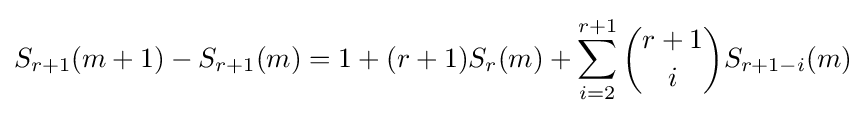
S_{r+1}(m+1)-S_{r+1}(m)=1+(r+1)S_{r}(m)+\sum _{i=2}^{r+1}{\binom {r+1}{i}}S_{r+1-i}(m)